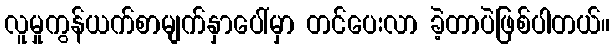
လူမှုကွန်ယက်စာမျက်နှာပေါ်မှာ တင်ပေးလာ ခဲ့တာပဲဖြစ်ပါတယ်။